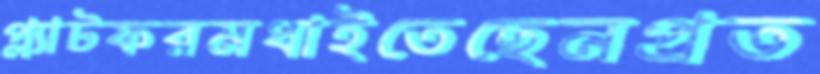
প্ল্যাটফরমধাইতেছেনপ্রত